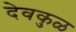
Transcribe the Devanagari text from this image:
देवकुळ